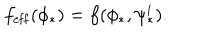
f _ { \mathrm { e f f } } ( \phi _ { * } ) = f ( \phi _ { * } , \psi _ { * } ^ { i } ) .